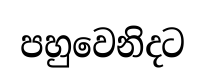
පහුවෙනිදට